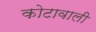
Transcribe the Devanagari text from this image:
कोटावाली